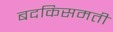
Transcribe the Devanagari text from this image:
बदकिसमती